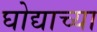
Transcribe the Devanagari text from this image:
घोद्याच्या